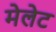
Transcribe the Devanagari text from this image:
मेलेट